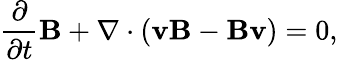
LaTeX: \frac{\partial}{\partial t}\mathbf{B}+\nabla\cdot(\mathbf{vB}-\mathbf{Bv})=0,